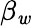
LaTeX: \beta_{\mathit{w}}